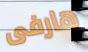
هارفى